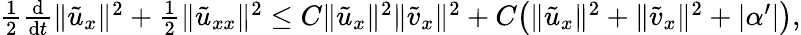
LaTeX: \begin{array}{r}{\frac 12\frac{\mathrm{d}}{\mathrm{d}t}\| {\tilde{u}}_{x}\| ^{2}+\frac 12\| {\tilde{u}}_{xx}\| ^{2}\le C\| {\tilde{u}}_{x}\| ^{2}\| {\tilde{v}}_{x}\| ^{2}+C\big(\| {\tilde{u}}_{x}\| ^{2}+\| {\tilde{v}}_{x}\| ^{2}+|\alpha^{\prime}|\big),}\end{array}